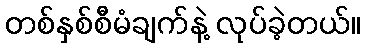
တစ်နှစ်စီမံချက်နဲ့ လုပ်ခဲ့တယ်။